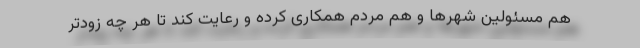
هم مسئولین شهرها و هم مردم همکاری کرده و رعایت کند تا هر چه زودتر